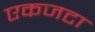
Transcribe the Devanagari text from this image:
एकजटा